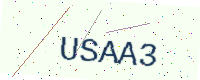
Text: USAA3